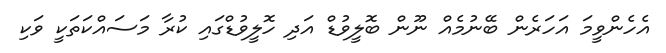
އެހެންވީމަ އަހަރެން ބޭނުމެއް ނޫން ބޮލީވުޑް އަދި ހޮލީވުޑްގައި ކުރާ މަސައްކަތަކީ ވަކި